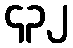
၄၃၂